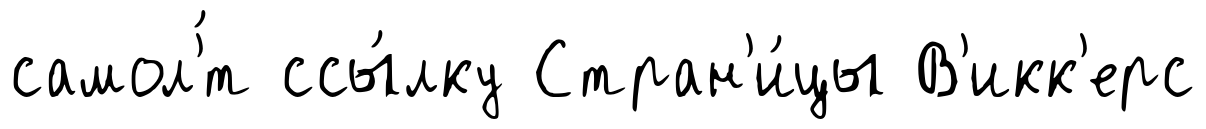
самол'́т ссы́лку Стран'и́цы В'икк'ерс